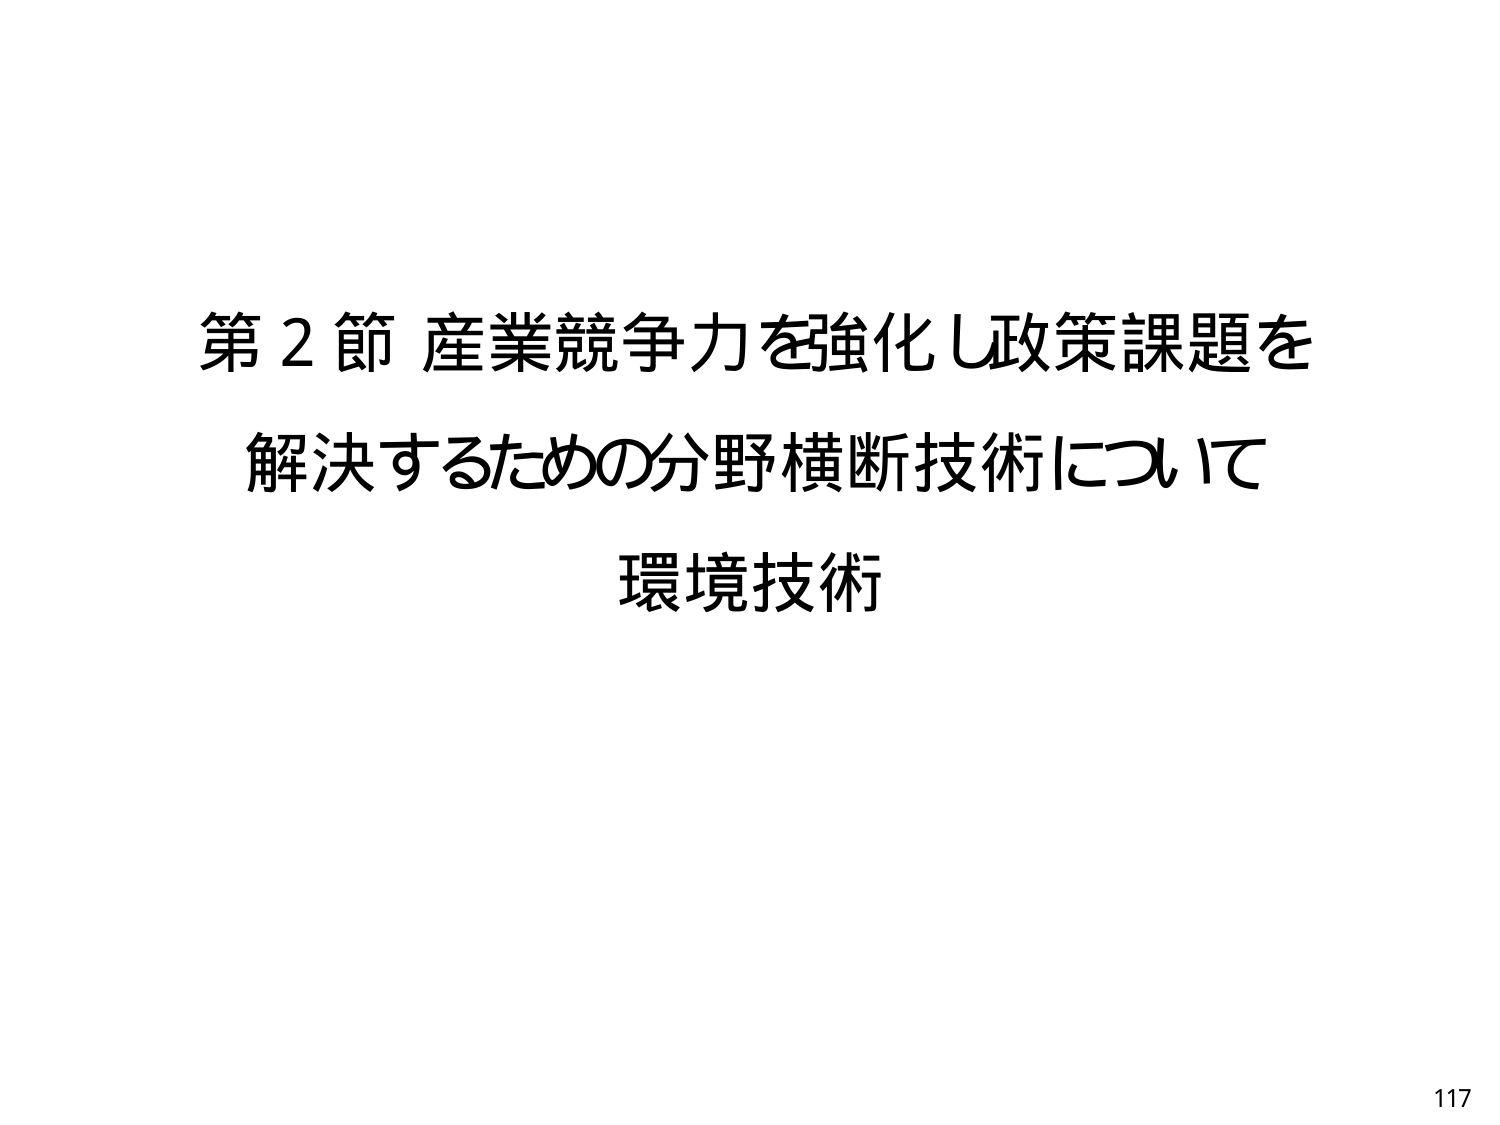
第２節 産業競争力を強化し政策課題を
解決するための分野横断技術について
環境技術
117